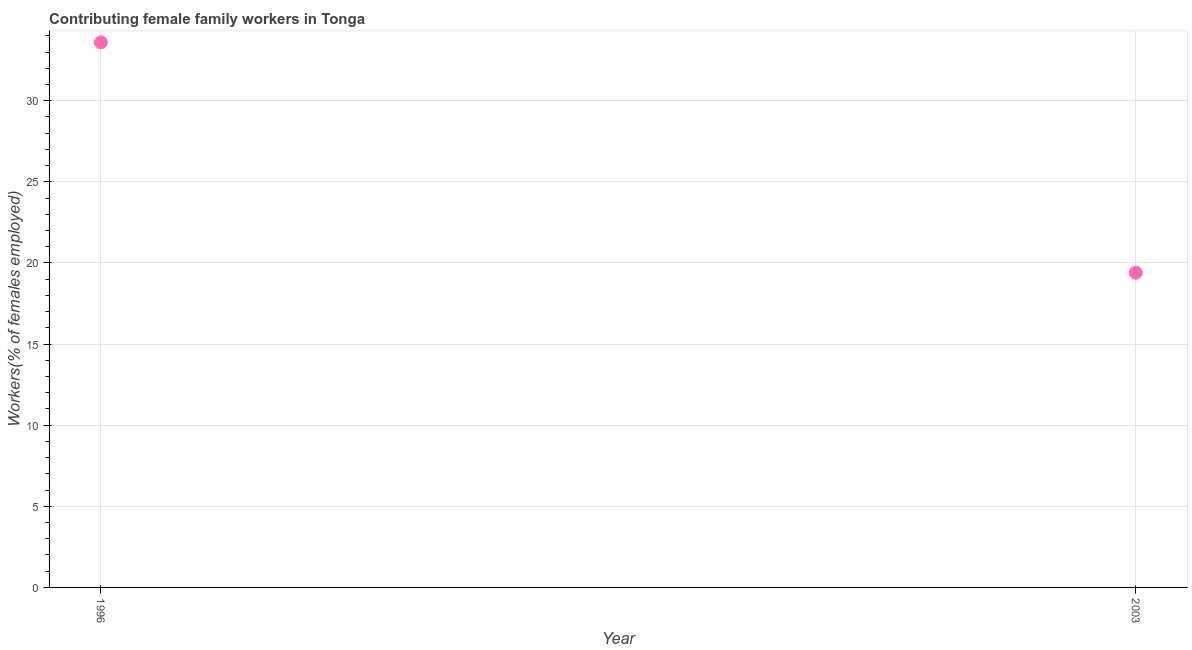
| Year | Contributing family workers |
 | --- | --- |
 | 1996 | 33.6 |
 | 2003 | 19.4 |